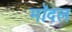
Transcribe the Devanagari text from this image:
मॉदल